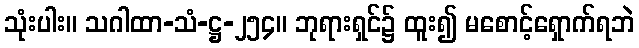
သုံးပါး။ သဂါထာ-သံ-ဋ္ဌ-၂၅၄။ ဘုရားရှင်၌ ထူး၍ မစောင့်ရှောက်ရဘဲ